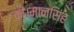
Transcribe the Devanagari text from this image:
की।मानसिंह